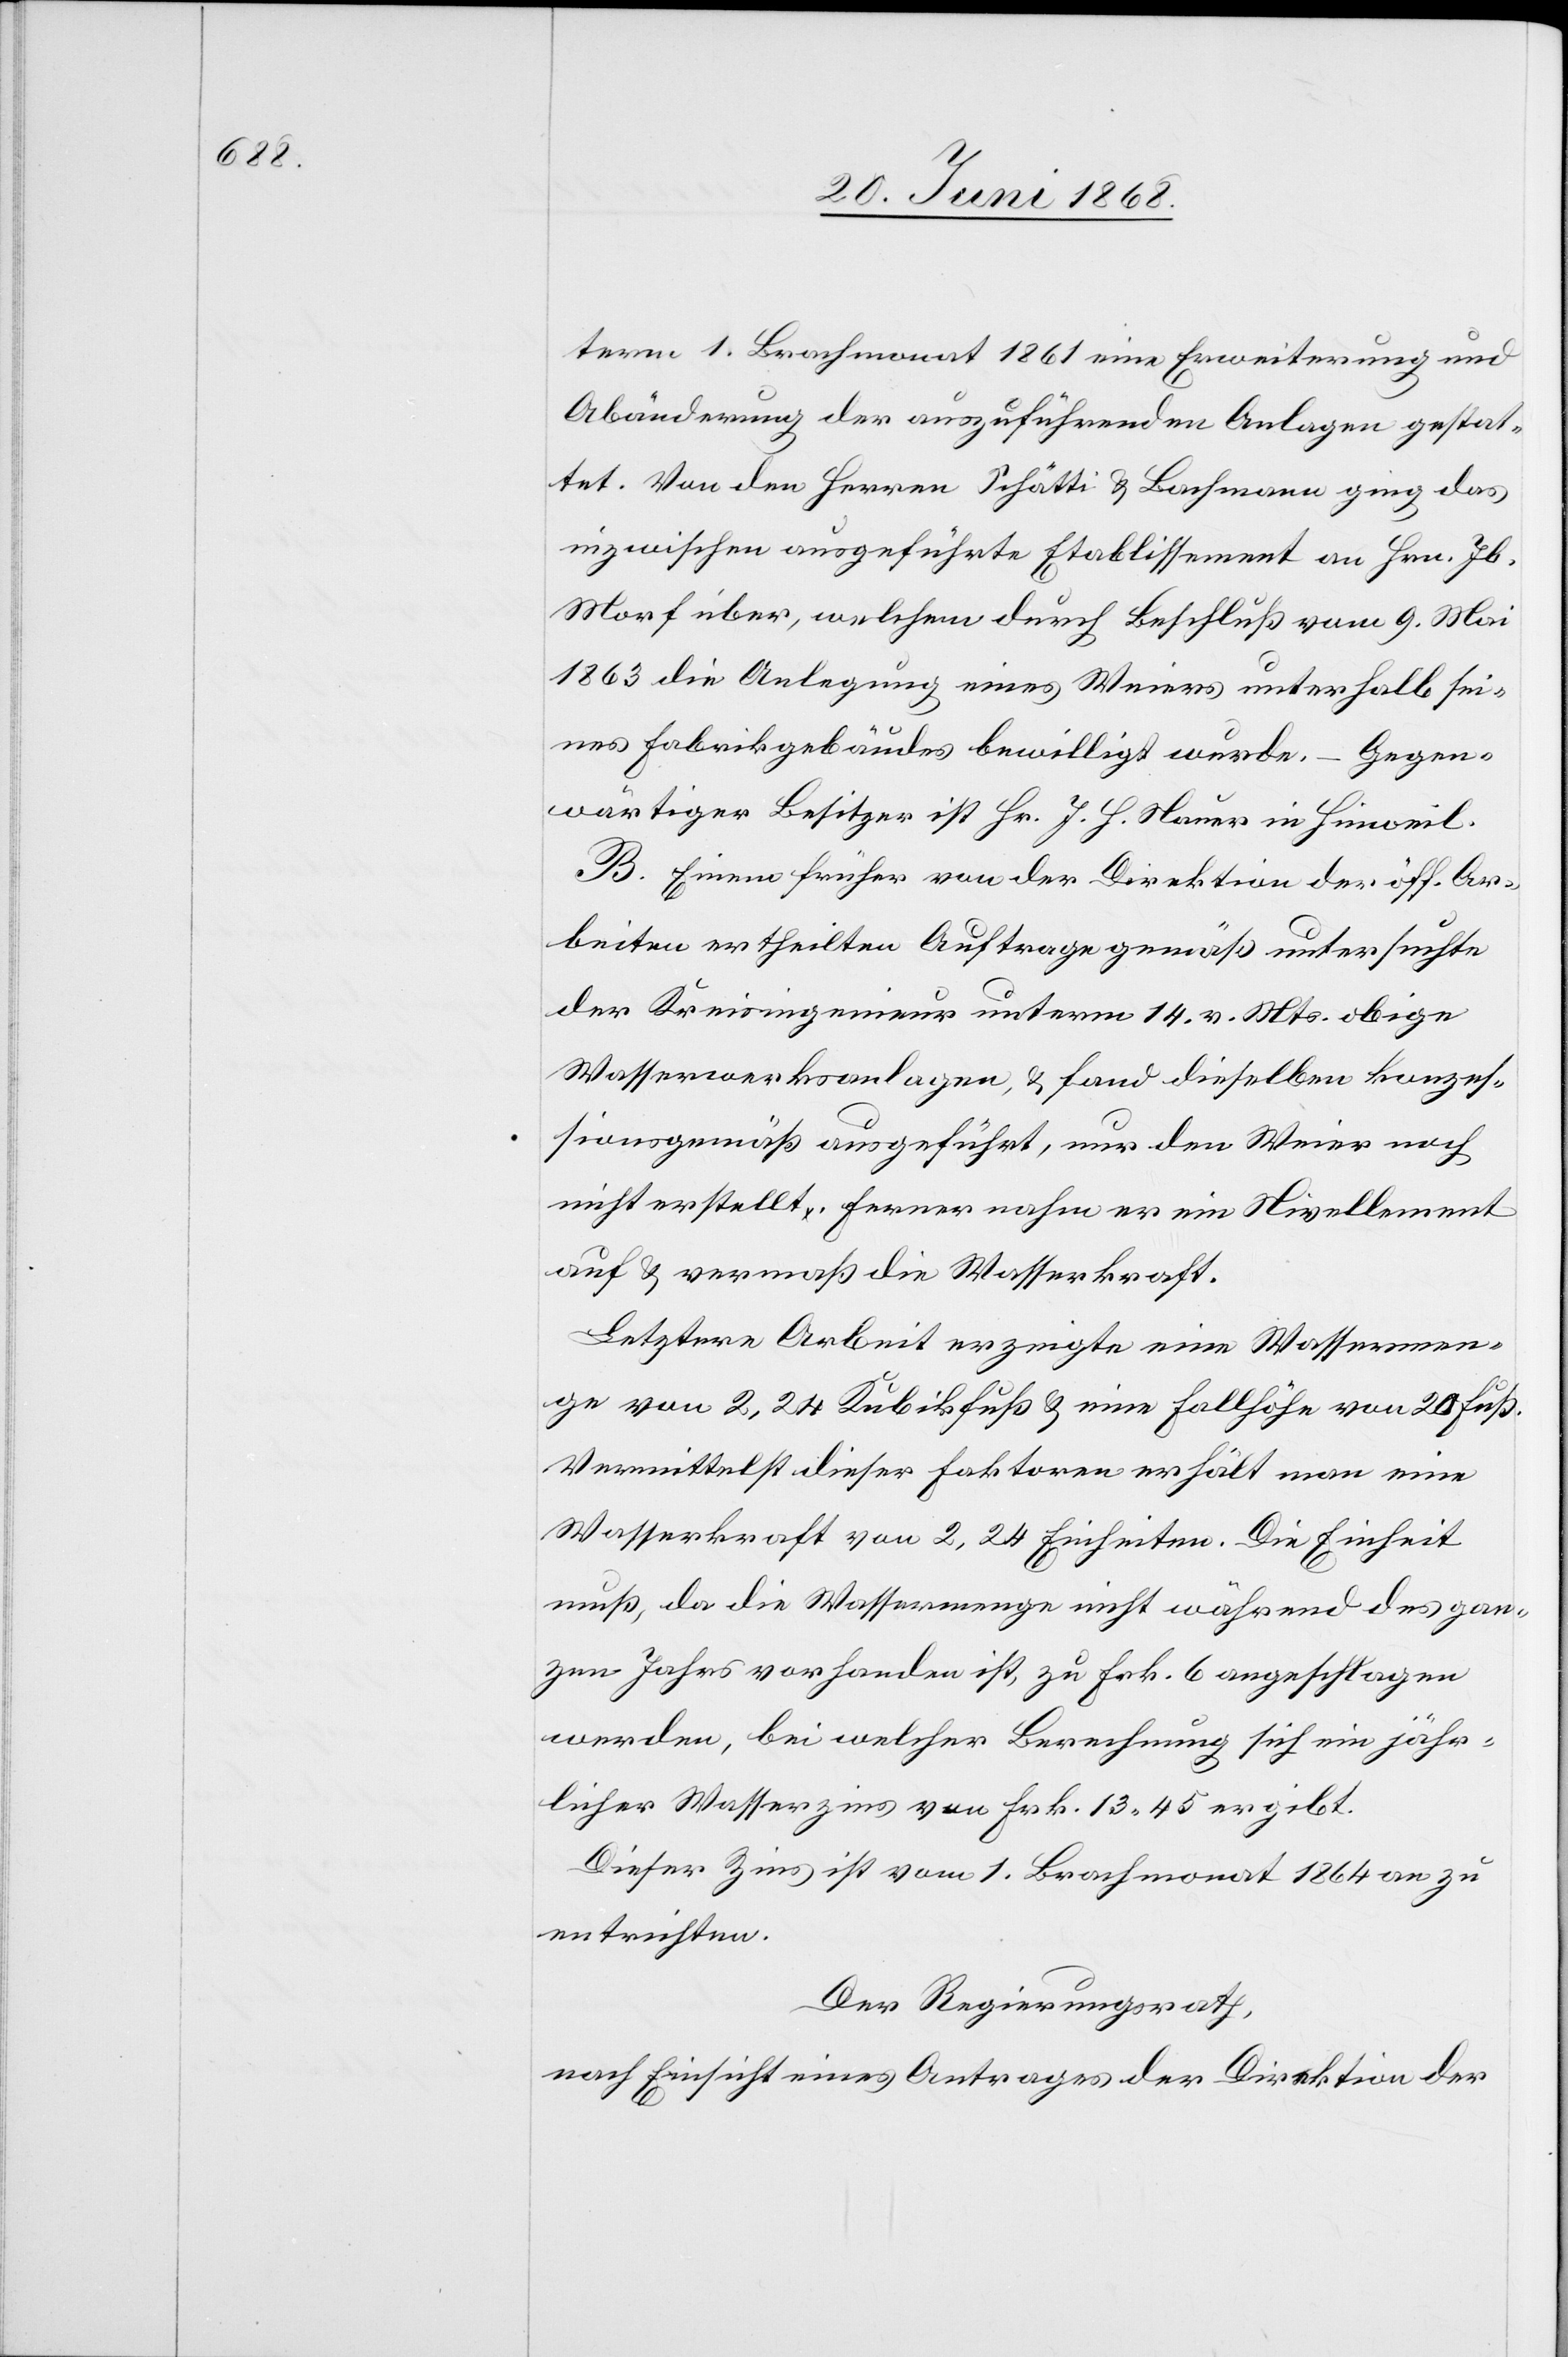
term 1. Brachmonat 1861 eine Erweiterung und
Abänderung der auszuführenden Anlagen gestat¬
tet. Von den Herren Schätti & Bachmann ging das
inzwischen ausgeführte Etablissement an Hrn. Jb.
Morf über, welchem durch Beschluß vom 9. Mai
1863 die Anlegung eines Weiers unterhalb sei¬
nes Fabrikgebäudes bewilligt wurde. – Gegen¬
wärtiger Besitzer ist Hr. J. H. Nauer in Hinweil.
B. Einem früher von der Direktion der öff. Ar¬
beiten ertheilten Auftrage gemäß untersuchte
der Kreisingenieur unterm 14. v. Mts. obige
Wasserwerksanlagen, & fand dieselben konzes¬
sionsgemäß ausgeführt, nur den Weier noch
nicht erstellt. Ferner nahm er ein Nivellement
auf & vermaß die Wasserkraft.
Letztere Arbeit erzeigte eine Wassermen¬
ge von 2,24 Kubikfuß & eine Fallhöhe von 20 Fuß.
Vermittelst dieser Faktoren erhält man eine
Wasserkraft von 2,24 Einheiten. Die Einheit
muß, da die Wassermenge nicht während des gan¬
zen Jahrs vorhanden ist, zu Frk. 6 angeschlagen
werden, bei welcher Berechnung sich ein jähr¬
licher Wasserzins von Frk. 13 45 ergibt.
Dieser Zins ist vom 1. Brachmonat 1864 an zu
entrichten.
Der Regierungsrath,
nach Einsicht eines Antrages der Direktion der